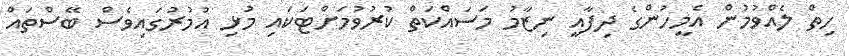
ހިތް ލެއްވުމުން އެމީހުންގެ ދިފާއީ ނިޒާމު މަސައްކަތް ކުރުވުމަށްޓަކައި މުޅި އުމުރުގައިވެސް ބޭސްތައް